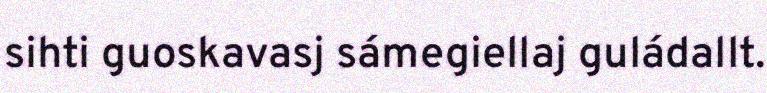
sihti guoskavasj sámegiellaj guládallt.